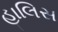
હાલિસ